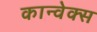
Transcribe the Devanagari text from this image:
कान्वेक्स